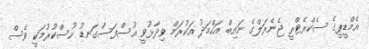
އެމްޑީޕީގެ ސެކްރެޓްރީ ޖެނެރަލްގެ ނައިބް އަހްމަދު އަކުރަމް ވިދާޅުވީ އުސްފަސްގަނޑު ހުސްކުރުމަކީ ވެސް